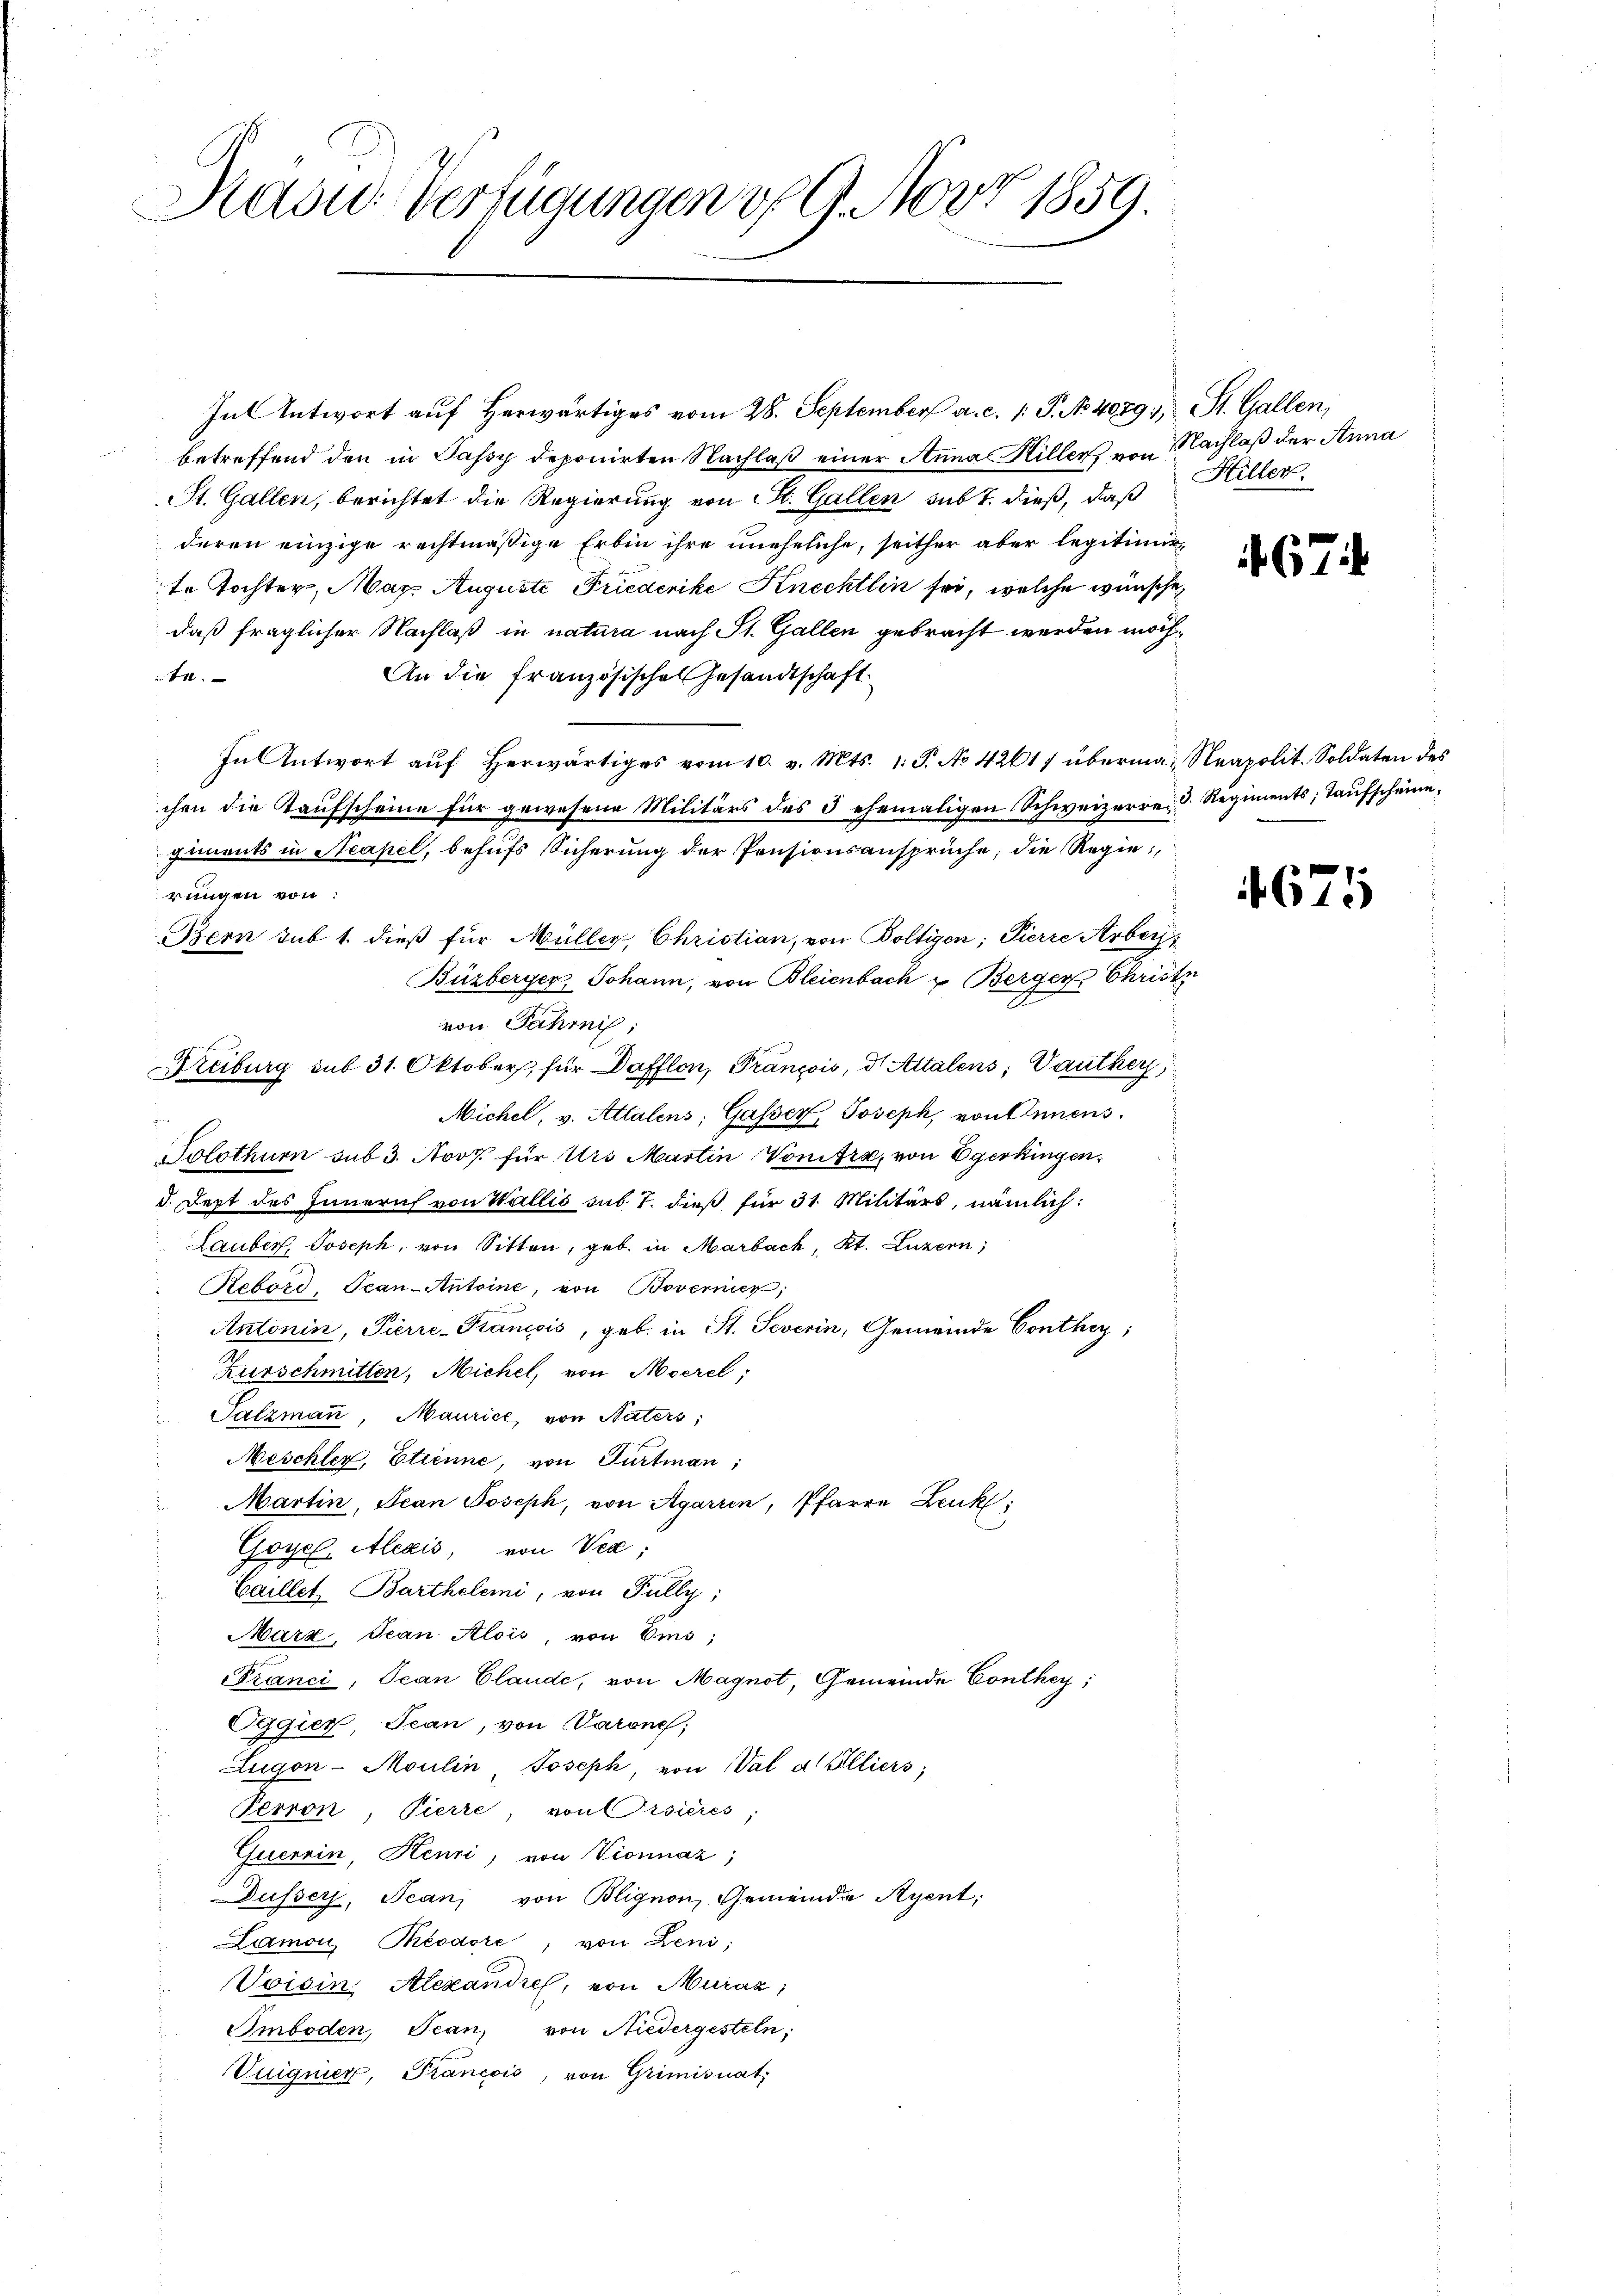
Kasus Verfügungen v. 9. Nov 1859.

In Antwort auf herwärtiges vom 28. September a. c. 1. P. No. 4079., St. Gallen,
betreffend den in Passy deponirten Nachlaß einer Anna Hiller, von Nachlaß der Anna
St. Gallen, berichtet die Regierung von St. Gallen sub 7. dieß, daß
deren einzige rechtmäßige Erbin ihre uneheliche, seither aber legitimir
te Tochter, Mar. Auguste Friederike Knechtlin sei, welche wünschen
daß fraglicher Nachlaß in natura nach St. Gallen gebracht werden möch¬
An die französisches Gesandtschaft
in Tit.
In Antwort aŭf herwärtiges vom 10. v. Mts. 1. P. No 42617 überma- Neapolit. Soldaten des
chen die Kaufscheine für gewesene Militärs des 3 ehemaligen Schweizerre. D. Regiments; Taufscheinegiments in Neapel, behufs Sicherung der Pensionsansprüche, die Regierungen von:
Bern sub 1. dieß für Müller, Christian, von Boltigen; Pierre Arberg
Büzberger, Johann, von Bleienbach u Berger Christ
von Jahrnis,
Freiburg sub 31. Oktober, für Dafflon, François, d. Attalens; Vautker
Nichel, v. Attalens, Gasser, Joseph, von Sinnens.
Solothurn sub 3. Nov. für Urs Martin Vonifra, von Egerkingen.
d. Dept des Innern von Wallis sub 7. dieß für 31. Militärs, nämlich:
Lauber, Joseph, von Sitten, geb. in Marbach, Kt. Luzern,
Rebord, Tean-Antoine, von Bovernier;
Antonin, Pierre-Kancois, geb. in St. Severin, Gemeinde Conthey;
Kurschmitten, Michel, von Morel,
Salzmann, Maurice, von Naters;
Meschler, Etienne, von Turtman;
Martin, Jean Joseph, von Agarren, Pfarre Lenk,
Goyel, Alexis, von Via;
Caillet, Barthelemi, von Fully,
Marz, Jean Alois, von Ems;
Pranci, Jean Claude, von Magnot, Gemeinde Conthey,
Oggier, Jean, von Varone;
Zugon-Moulin, Joseph, von Val d. Elliers;
Perron, Pierre, von Visieres,
Querein, Henri, von Vionnaz)
Dussers, Jean von Blignon, Gemeinde Ayent;
Lamon, Thésaore, von Leni;
Voisin Alexandres, von Muráz;
Smboden, Jean, von Niedergesteln;
Vuignier, Francois, von Grimisuat,

Hillen.

67

671